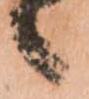
候